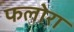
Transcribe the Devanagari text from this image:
फलोरा